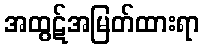
အထွဋ်အမြတ်ထားရာ